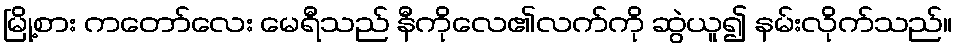
မြို့စား ကတော်လေး မေရီသည် နီကိုလေ၏လက်ကို ဆွဲယူ၍ နမ်းလိုက်သည်။